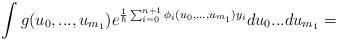
LaTeX: \begin{align*} \int g(u_0,...,u_{m_1})e^{\frac{1}{\hbar}\sum_{i=0}^{n+1}\phi_i(u_0,...,u_{m_1})y_i}du_0...du_{m_1}= \end{align*}